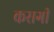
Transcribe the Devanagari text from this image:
कसगी